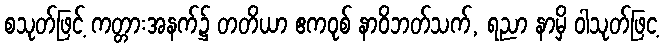
စသုတ်ဖြင့် ကတ္တားအနက်၌ တတိယာ ဧကဝုစ် နာဝိဘတ်သက်, ရညာ နာမှိ ဝါသုတ်ဖြင့